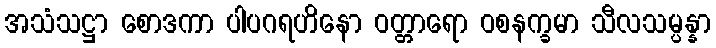
အသံသဋ္ဌာ စောဒကာ ပါပဂရဟိနော ဝတ္တာရော ဝစနက္ခမာ သီလသမ္ပန္နာ